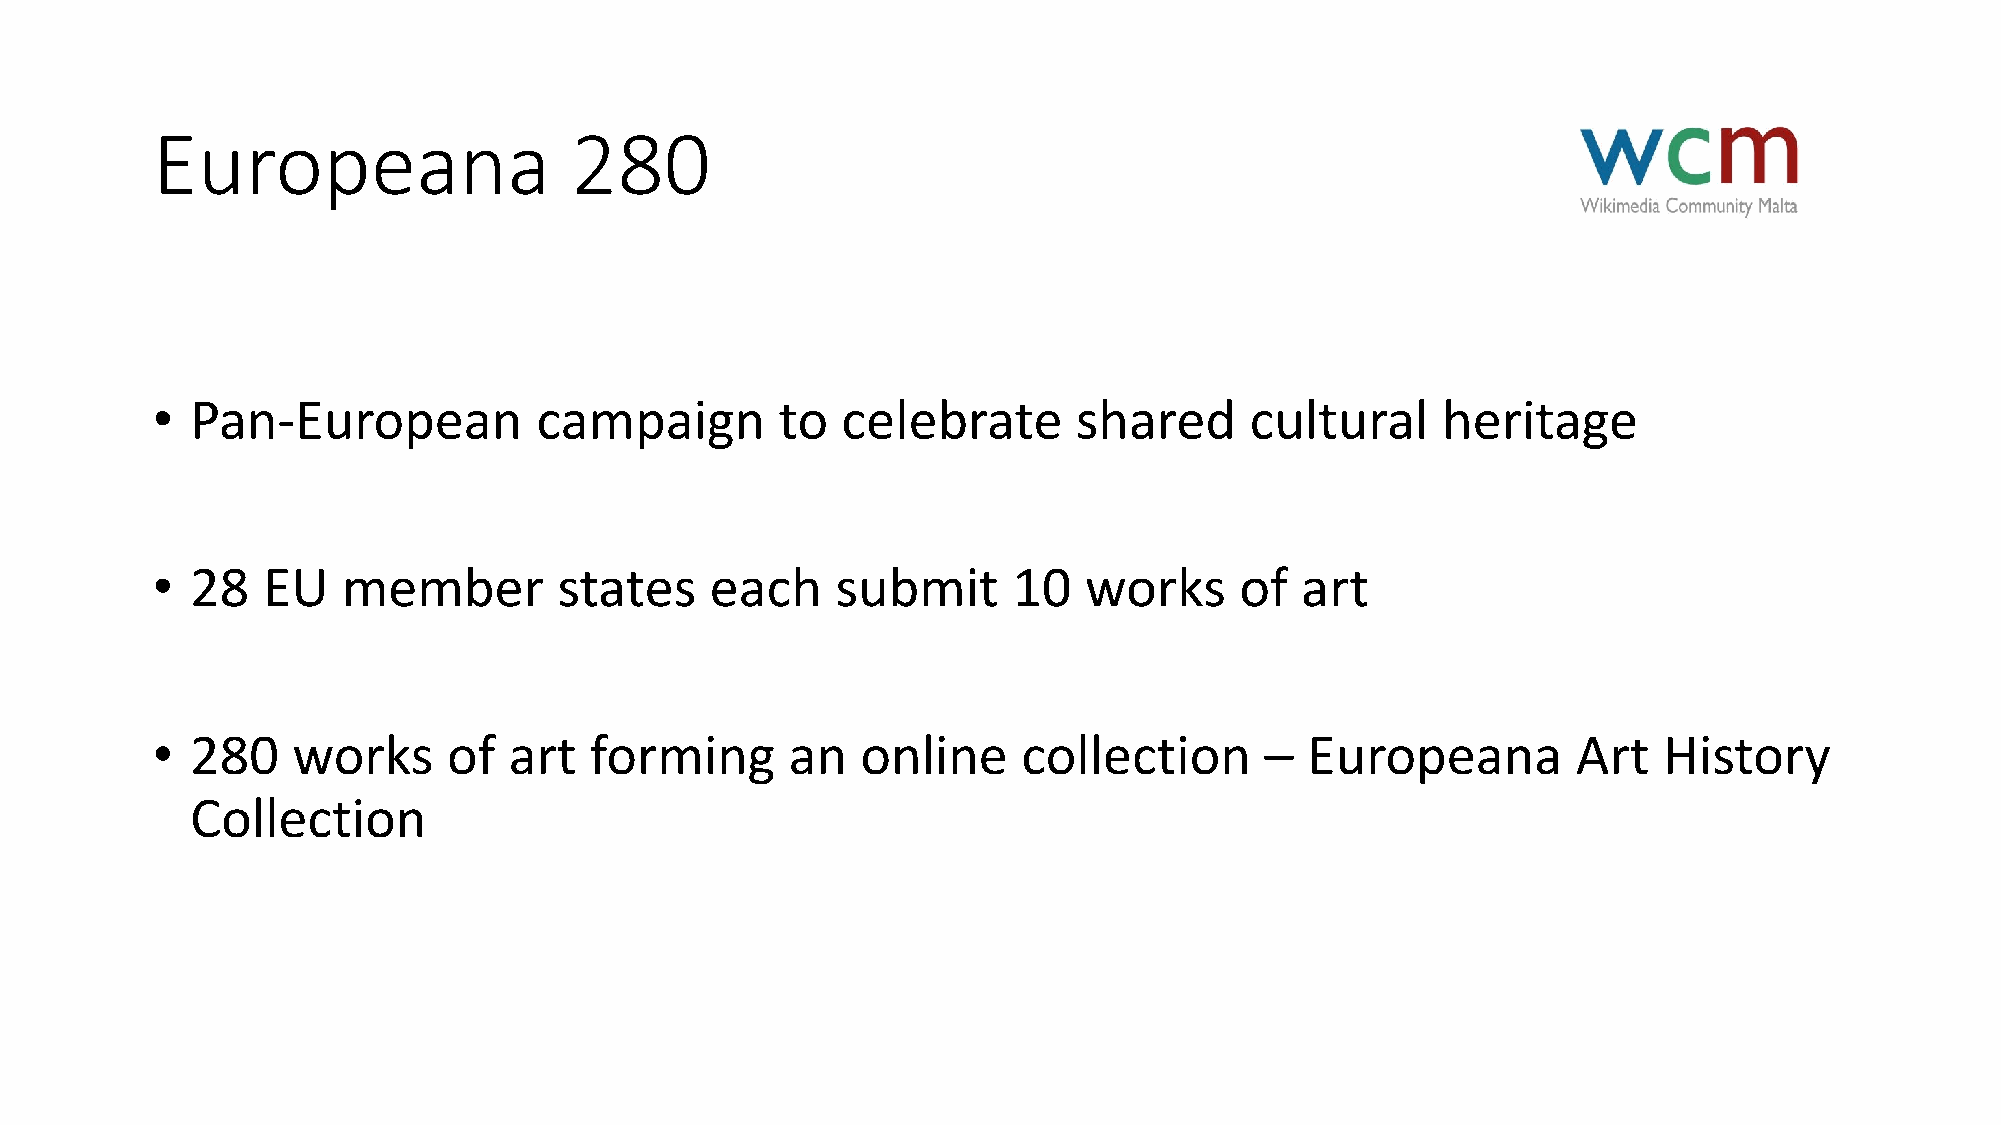
Europeana                   280
 •  Pan-European          campaign         to  celebrate      shared      cultural    heritage
 •  28  EU    member        states    each    submit      10   works     of  art
 •  280   works      of  art  forming      an   online     collection      – Europeana         Art   History
 Collection